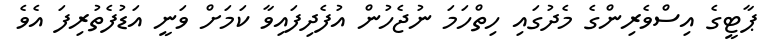
ޕާޓީގެ އިސްވެރިންގެ މެދުގައި ހިތްހަމަ ނުޖެހުން އުފެދިފައިވާ ކަމަށް ވަނީ އަޑުފެތުރިފަ އެވެ